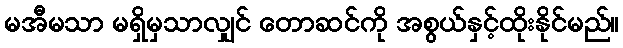
မအီမသာ မရှိမှသာလျှင် တောဆင်ကို အစွယ်နှင့်ထိုးနိုင်မည်။